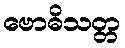
ဗောဓိသတ္တ